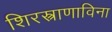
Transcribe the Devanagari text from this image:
शिरस्त्राणाविना